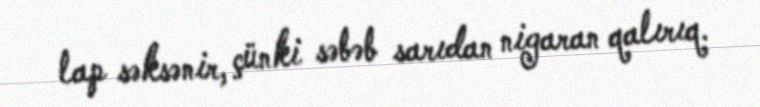
lap səksənir, çünki səbəb sarıdan nigaran qalırıq.